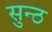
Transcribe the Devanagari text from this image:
सुन्ठ